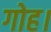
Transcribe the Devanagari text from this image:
गोह।